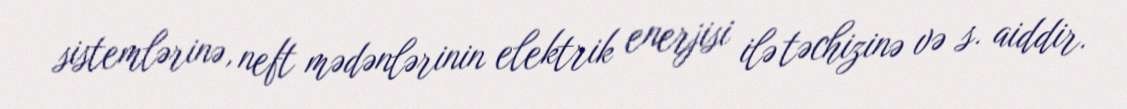
sistemlərinə, neft mədənlərinin elektrik enerjisi ilə təchizinə və s. aiddir.